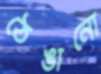
ঠেঙানো